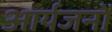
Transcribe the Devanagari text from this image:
आर्यजनों